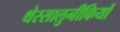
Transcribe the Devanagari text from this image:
थेस्सालुनीकियों